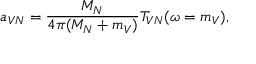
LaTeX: a _ { V N } = \frac { M _ { N } } { 4 \pi ( M _ { N } + m _ { V } ) } T _ { V N } ( \omega = m _ { V } ) ,